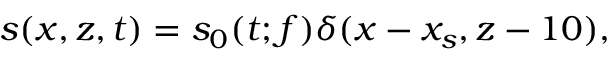
s ( x , z , t ) = s _ { 0 } ( t ; f ) \delta ( x - x _ { s } , z - 1 0 ) ,